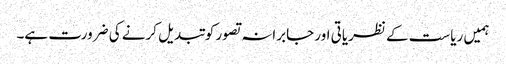
ہمیں ریاست کے نظریاتی اور جابرانہ تصور کوتبدیل کرنے کی ضرورت ہے۔